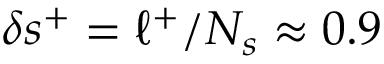
\delta s ^ { + } = \ell ^ { + } / N _ { s } \approx 0 . 9